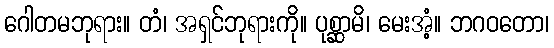
ဂေါတမဘုရား။ တံ၊ အရှင်ဘုရားကို။ ပုစ္ဆာမိ၊ မေးအံ့။ ဘဂဝတော၊